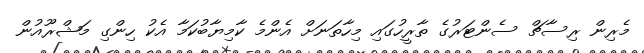
މެރިން ރިސާޗް ސެންޓަރުގެ ތާރީހުގައި މިހާތަނަށް އެންމެ ކާމިޔާބުކަމާ އެކު ހިންގި މަޝްރޫއުން